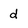
Character: d